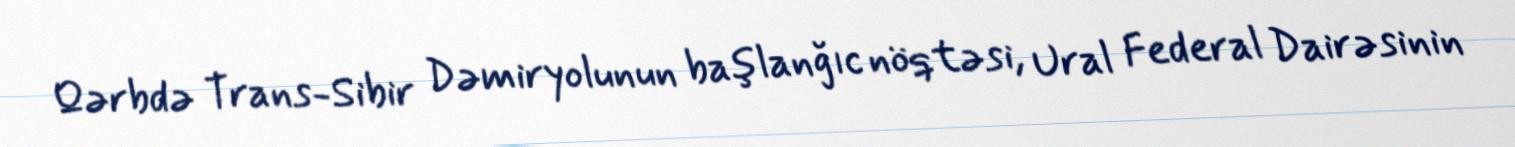
Qərbdə Trans-Sibir Dəmiryolunun başlanğıc nöqtəsi, Ural Federal Dairəsinin